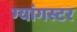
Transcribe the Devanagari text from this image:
ग्यांगस्टर